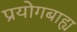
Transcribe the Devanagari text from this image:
प्रयोगबाह्य